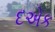
દએક